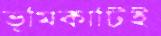
ভূমিকাটিই